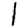
Digit: 1